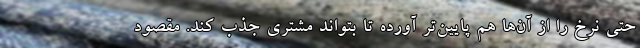
حتی نرخ را از آن‌ها هم پایین‌تر آورده تا بتواند مشتری جذب کند. مقصود